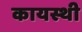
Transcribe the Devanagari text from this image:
कायस्थी